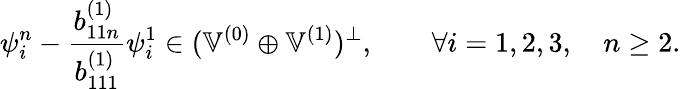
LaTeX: \psi_{i}^{n}-\frac{b_{11n}^{(1)}}{b_{111}^{(1)}}\psi_{i}^{1}\in(\mathbb{V}^{(0)}\oplus\mathbb{V}^{(1)})^{\perp},\qquad\forall i=1,2,3,\quad n\geq 2.